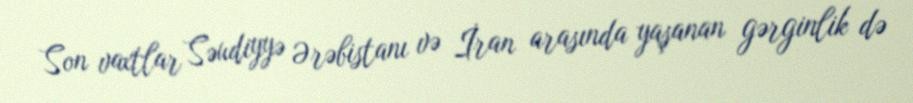
Son vaxtlar Səudiyyə Ərəbistanı və İran arasında yaşanan gərginlik də